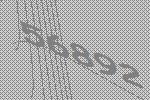
56892